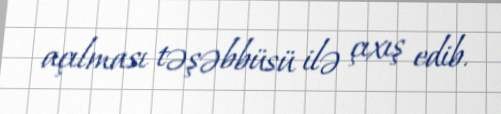
açılması təşəbbüsü ilə çıxış edib.